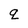
Character: q